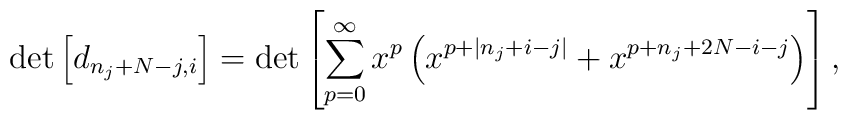
\det\left[d_{n_{j}+N-j,i}\right] = \det\left[\sum_{p=0}^{\infty}x^{p}\left(x^{p+|n_{j}+i-j|}+x^{p+n_{j}+2N-i-j}\right)\right],